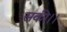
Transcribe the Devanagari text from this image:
सकी।।